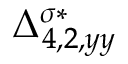
{ \Delta } _ { 4 , 2 , y y } ^ { \sigma * }